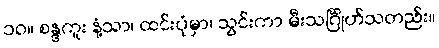
၁၀။ စန္ဒကူး နံ့သာ၊ ထင်းပုံမှာ၊ သွင်းကာ မီးသင်္ဂြိုဟ်သတည်း။